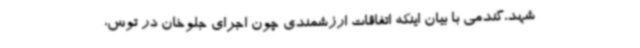
شهد،گندمی با بیان اینکه اتفاقات ارزشمندی چون اجرای جلوخان در توس،